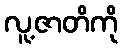
လူ့ဇာတိကို